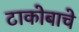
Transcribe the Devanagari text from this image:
टाकोबाचे